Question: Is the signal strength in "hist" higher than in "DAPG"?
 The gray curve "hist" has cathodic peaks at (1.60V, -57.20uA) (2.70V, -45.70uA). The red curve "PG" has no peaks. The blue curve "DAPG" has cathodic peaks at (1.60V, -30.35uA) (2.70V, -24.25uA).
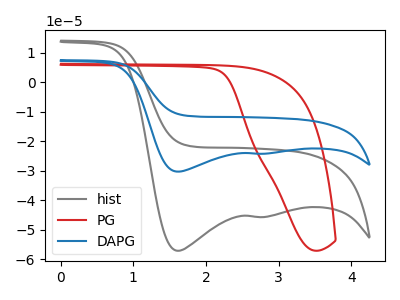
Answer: <think>All the peaks in "hist" have a peak in "DAPG" at the same potential. Every peak in "hist" is higher than every peak in "DAPG".
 </think>
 <answer>"hist" has more signal than "DAPG".</answer>
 <eval>more_signal</eval>